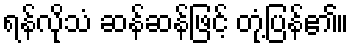
ရန်လိုသံ ဆန်ဆန်ဖြင့် တုံ့ပြန်၏။